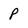
Character: p